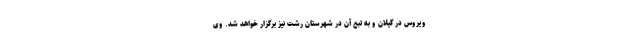
ویروس در گیلان و به تبع آن در شهرستان رشت نیز برگزار خواهد شد. وی